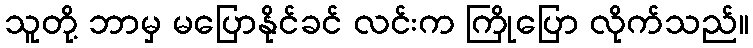
သူတို့ ဘာမှ မပြောနိုင်ခင် လင်းက ကြိုပြော လိုက်သည်။